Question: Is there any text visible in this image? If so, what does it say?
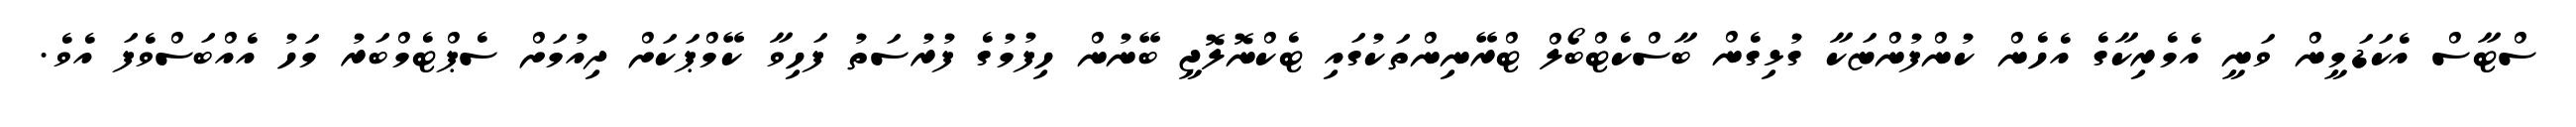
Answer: ސްޓާސް އެކަޑަމީން ވަނީ އެމެރިކާގެ އެހެން ކުންފުންޏަކާ ގުޅިގެން ބާސްކެޓްބޯލް ޓްރޭނިންތަކުގައި ޓެކްނޮލޮޖީ ބޭނުން ހިފުމުގެ ފުރުސަތު ފަހިވާ ކޭމްޕަކަށް ދިއުމަށް ސެޕްޓެމްބަރު މަހު އެއްބަސްވެފަ އެވެ.